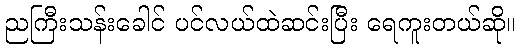
ညကြီးသန်းခေါင် ပင်လယ်ထဲဆင်းပြီး ရေကူးတယ်ဆို။